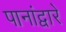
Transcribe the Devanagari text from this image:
पानांद्वारे